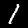
Label: 1